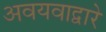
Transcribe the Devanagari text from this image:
अवयवाद्वारे